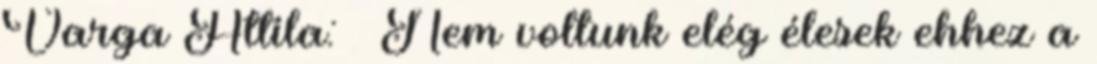
Varga Attila: – Nem voltunk elég élesek ehhez a